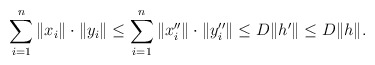
\begin{align*} \sum_{i=1}^n \| x_i \|\cdot \| y_i \| \leq \sum_{i=1}^n \| x''_i \| \cdot \| y''_i \| \leq D \| h' \| \leq D \| h \|.\end{align*}